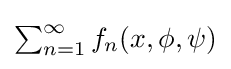
{\textstyle \sum _{n=1}^{\infty }f_{n}(x,\phi ,\psi )}